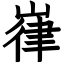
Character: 嵂